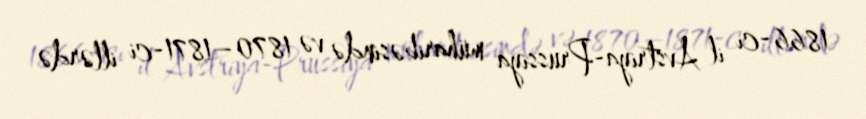
1866-cı il Avstriya-Prussiya müharibəsində və 1870–1871-ci illərdə